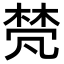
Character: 𬃕